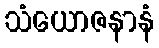
သံယောဇနာနံ